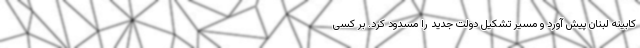
کابینه لبنان پیش آورد و مسیر تشکیل دولت جدید را مسدود کرد. بر کسی